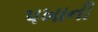
પખાની